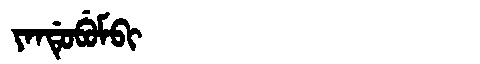
Manchu: ᠶᠠᠨᡩᡠᠪᡠᠮᠪᡳ
Romanization: YANDUBUMBI